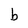
Character: b